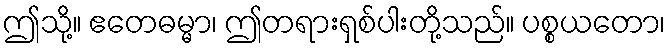
ဤသို့။ ဧတေဓမ္မာ၊ ဤတရားရှစ်ပါးတို့သည်။ ပစ္စယတော၊